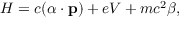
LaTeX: H = c ( { \boldsymbol { \alpha } } \cdot \mathbf { p } ) + e V + m c ^ { 2 } \beta ,